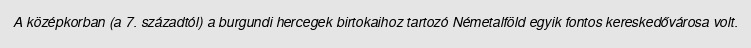
A középkorban (a 7. századtól) a burgundi hercegek birtokaihoz tartozó Németalföld egyik fontos kereskedővárosa volt.